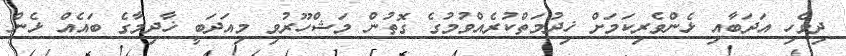
ދިވެހި އަދަބާއި ޅެންވެރިކަމަށް ޚިދުމަތްކުރެއްވުމުގެ ގޮތުން މަޝްހޫރުވި މިއަދަބީ ޚާދިމާގެ ބައެއް ޅެން